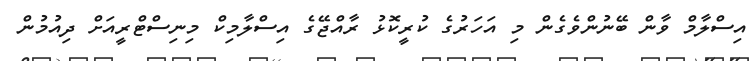
އިސްލާމް ވާން ބޭނުންވެގެން މި އަހަރުގެ ކުރީކޮޅު ރާއްޖޭގެ އިސްލާމިކް މިނިސްޓްރީއަށް ދިއުމުން